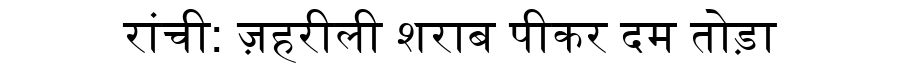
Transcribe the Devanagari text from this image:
रांची: ज़हरीली शराब पीकर दम तोड़ा